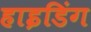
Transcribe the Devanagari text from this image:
हाइडिंग